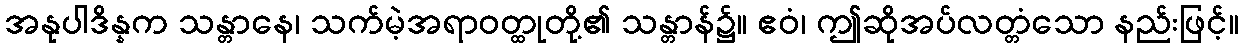
အနုပါဒိန္နက သန္တာနေ၊ သက်မဲ့အရာဝတ္ထုတို့၏ သန္တာန်၌။ ဧဝံ၊ ဤဆိုအပ်လတ္တံသော နည်းဖြင့်။